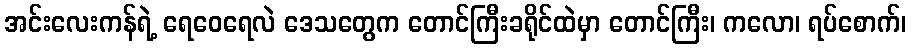
အင်းလေးကန်ရဲ့ ရေဝေရေလဲ ဒေသတွေက တောင်ကြီးခရိုင်ထဲမှာ တောင်ကြီး၊ ကလော၊ ရပ်စောက်၊